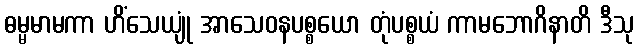
ဓမ္မမာမကာ ဟိံသေယျုံ အာသေဝနပစ္စယော တုံပစ္စယံ ကာမဘောဂိနာတိ ဒီသု